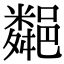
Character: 𨞁